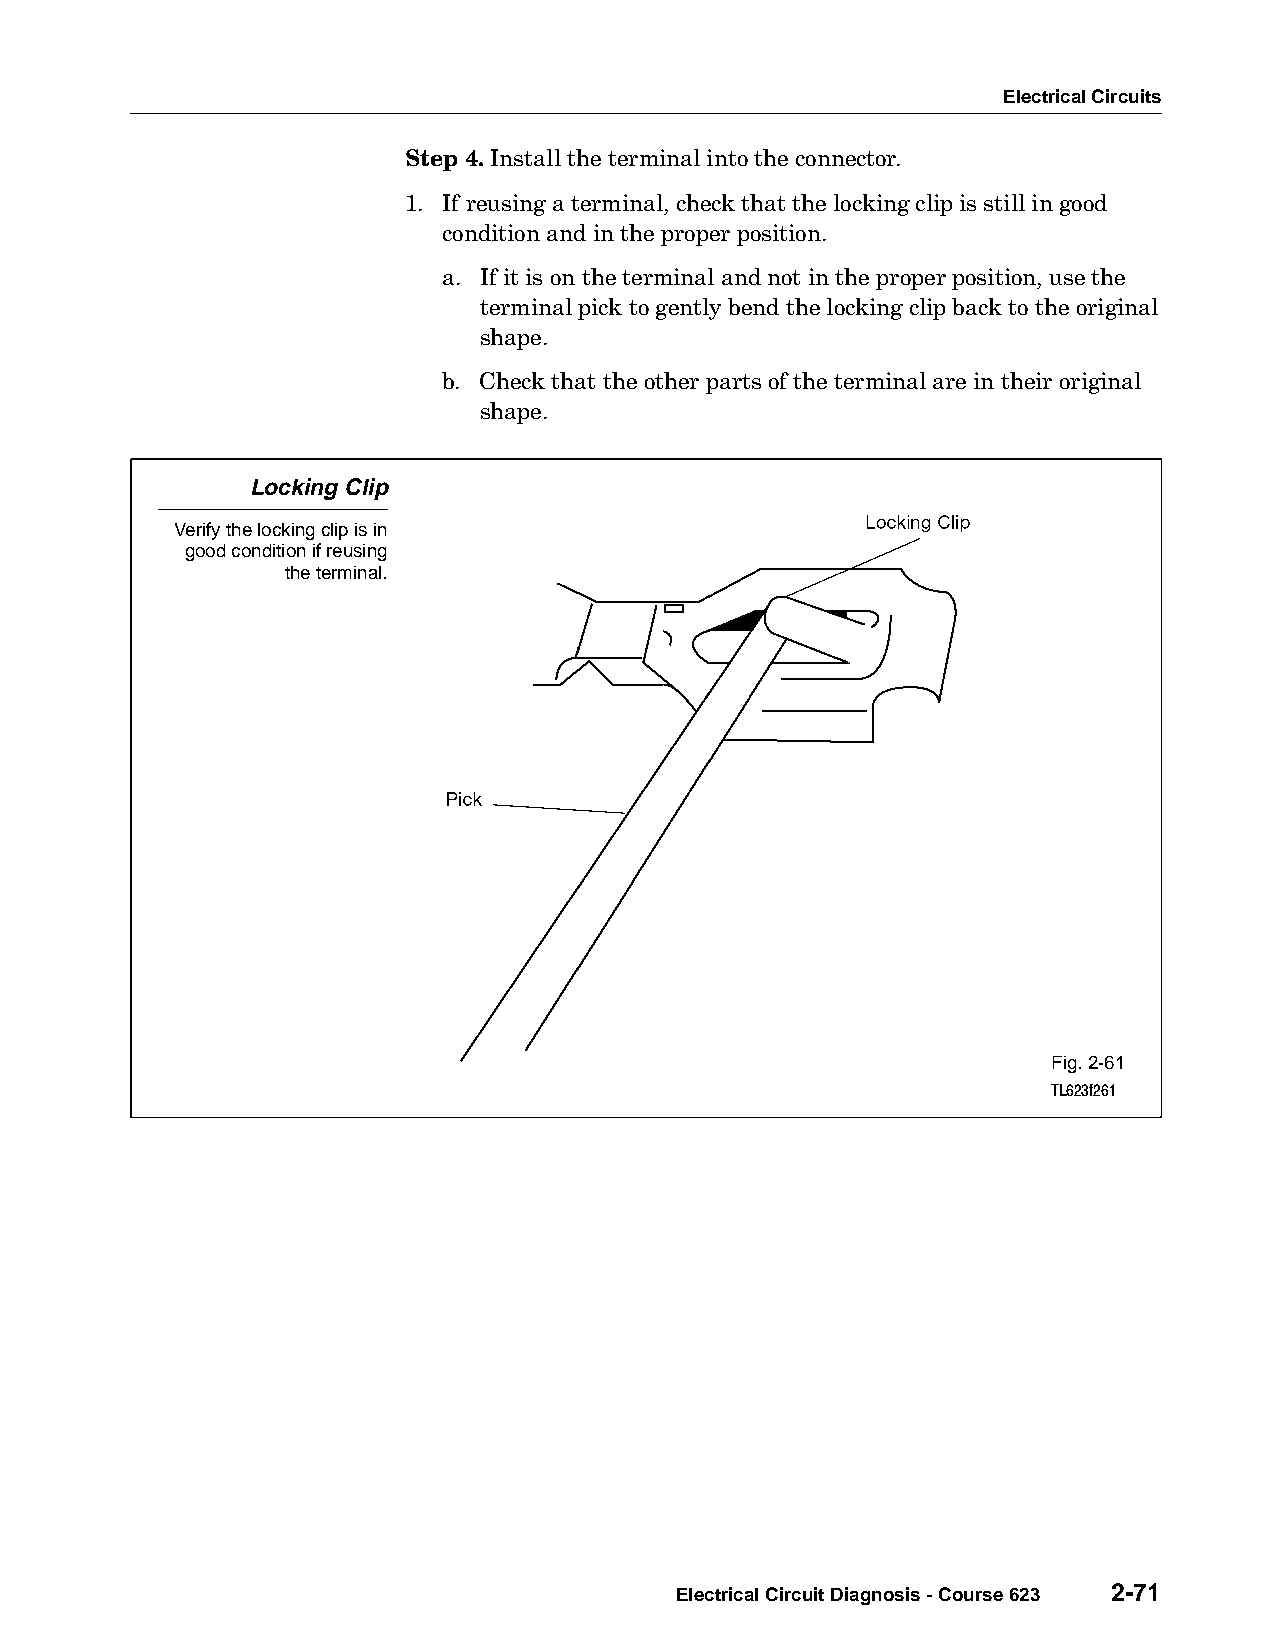
Electrical Circuits
 Step 4. Install the terminal into the connector.
 1. If reusing a terminal, check that the locking clip is still in good
 condition and in the proper position.
 a. If it is on the terminal and not in the proper position, use the
 terminal pick to gently bend the locking clip back to the original
 shape.
 b. Check that the other parts of the terminal are in their original
 shape.
 Locking Clip
 Verify the locking clip is in
 good condition if reusing
 the terminal.
 Fig. 2-61
 TL623f261
 Electrical Circuit Diagnosis - Course 623 2-71